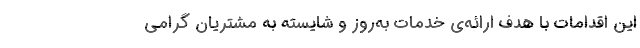
این اقدامات با هدف ارائه‌ی خدمات به‌روز و شایسته به مشتریان گرامی